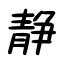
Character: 静